Indian journal of veterinary science and animal husbandry - Volume 3,
Year: 1933
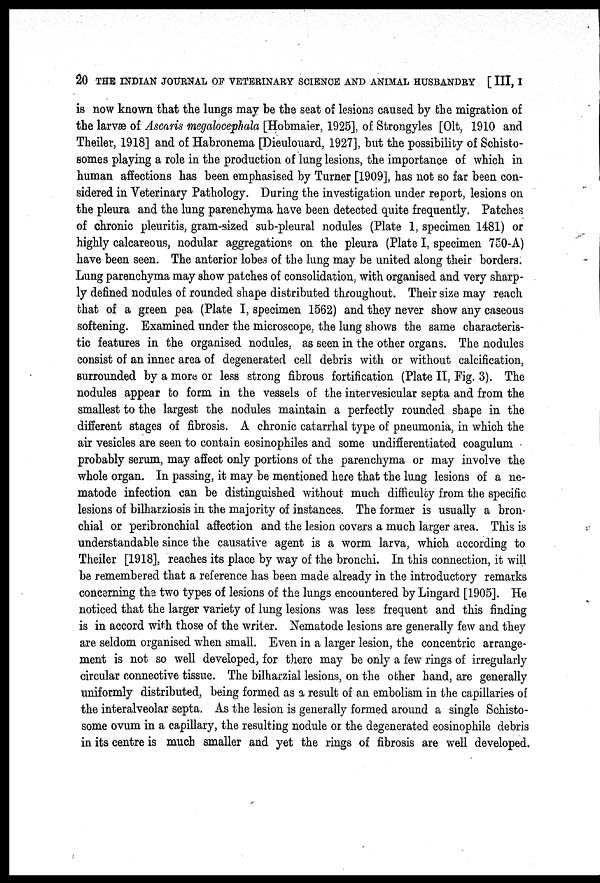
20 THE INDIAN JOURNAL OF VETERINARY SCIENCE AND ANIMAL HUSBANDRY [ III, I
is now known that the lungs may be the seat of lesions caused by the migration of
the larvæ of Ascaris megalocephala [Hobmaier, 1925], of Strongyles [Olt, 1910 and
Theiler, 1918] and of Habronema [Dieulouard, 1927], but the possibility of Schisto-
somes playing a role in the production of lung lesions, the importance of which in
human affections has been emphasised by Turner [1909], has not so far been con-
sidered in Veterinary Pathology. During the investigation under report, lesions on
the pleura and the lung parenchyma have been detected quite frequently. Patches
of chronic pleuritis, gram-sized sub-pleural nodules (Plate 1, specimen 1481) or
highly calcareous, nodular aggregations on the pleura (Plate I, specimen 750-A)
have been seen. The anterior lobes of the lung may be united along their borders.
Lung parenchyma may show patches of consolidation, with organised and very sharp-
ly defined nodules of rounded shape distributed throughout. Their size may reach
that of a green pea (Plate I, specimen 1562) and they never show any caseous
softening. Examined under the microscope, the lung shows the same characteris-
tic features in the organised nodules, as seen in the other organs. The nodules
consist of an inner area of degenerated cell debris with or without calcification,
surrounded by a more or less strong fibrous fortification (Plate II, Fig. 3). The
nodules appear to form in the vessels of the intervesicular septa and from the
smallest to the largest the nodules maintain a perfectly rounded shape in the
different stages of fibrosis. A chronic catarrhal type of pneumonia, in which the
air vesicles are seen to contain eosinophiles and some undifferentiated coagulum
probably serum, may affect only portions of the parenchyma or may involve the
whole organ. In passing, it may be mentioned here that the lung lesions of a ne-
matode infection can be distinguished without much difficulty from the specific
lesions of bilharziosis in the majority of instances. The former is usually a bron-
chial or peribronchial affection and the lesion covers a much larger area. This is
understandable since the causative agent is a worm larva, which according to
Theiler [1918], reaches its place by way of the bronchi. In this connection, it will
be remembered that a reference has been made already in the introductory remarks
concerning the two types of lesions of the lungs encountered by Lingard [1905]. He
noticed that the larger variety of lung lesions was less frequent and this finding
is in accord with those of the writer. Nematode lesions are generally few and they
are seldom organised when small. Even in a larger lesion, the concentric arrange-
ment is not so well developed, for there may be only a few rings of irregularly
circular connective tissue. The bilharzial lesions, on the other hand, are generally
uniformly distributed, being formed as a result of an embolism in the capillaries of
the interalveolar septa. As the lesion is generally formed around a single Schisto-
some ovum in a capillary, the resulting nodule or the degenerated eosinophile debris
in its centre is much smaller and yet the rings of fibrosis are well developed.